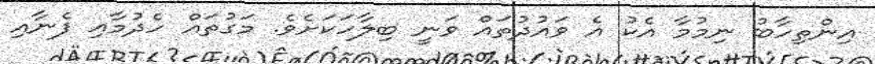
އިންތިހާބު ނިމުމާ އެކު އެ ވައުދުތައް ވަނީ ބިލާހަކަށެވެ. މަގުތައް ހެދުމާއި ފެނާއި